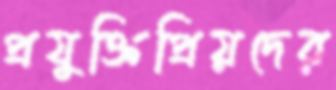
প্রযুক্তিপ্রিয়দের